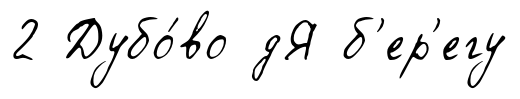
2 Дубо́во дЯ б'ер'егу